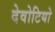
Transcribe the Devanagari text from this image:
देवोटियो